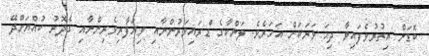
ބޮޑަށް އިތުރުވެފައިވާ ދިހަ ވަރަކަށް އަހަރެވެ. ލަންކާގެ ޑްރައިވަރުންނާއި ވިޔަފާރިވެރިންނާއި ގެދޮރު ކުއްޔަށްދޭ